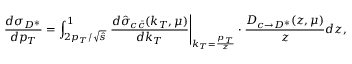
\frac { d \sigma _ { D ^ { * } } } { d p _ { T } } = \int _ { 2 p _ { T } / \sqrt { \hat { s } } } ^ { 1 } \left. \frac { d \hat { \sigma } _ { c \bar { c } } ( k _ { T } , \mu ) } { d k _ { T } } \right| _ { k _ { T } = \frac { p _ { T } } { z } } \cdot \frac { D _ { c \to D ^ { * } } ( z , \mu ) } { z } d z ,